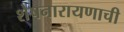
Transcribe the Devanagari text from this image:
शेषनारायणाची